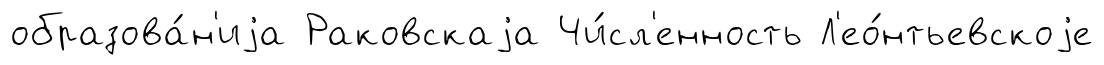
образова́н'иjа Раковскаjа Чи́сл'енность Л'ео́нтьевскоjе